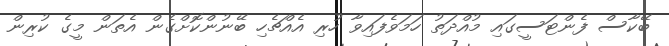
ބޭކާސް ފެންޓަސީގައި މުއްދަތު ހަމަވެފައިވާ ހުރި އެއްޗެހި ބޭނުންކޮށްގެން އެތަން މީގެ ކުރިން